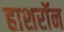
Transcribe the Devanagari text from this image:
हाशरॉन